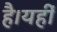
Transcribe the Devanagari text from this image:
है।यहीं